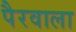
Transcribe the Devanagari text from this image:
पैरवाला